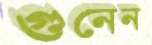
গুনেন